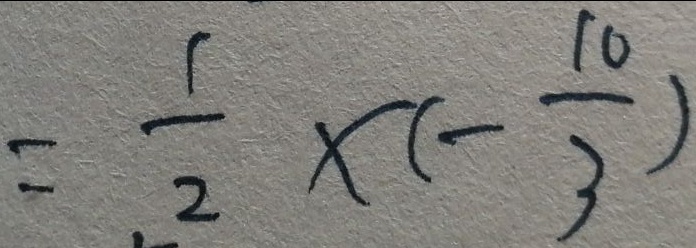
= \frac { 1 } { 2 } \times ( - \frac { 1 0 } { 3 } )